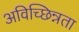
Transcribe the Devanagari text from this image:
अविच्छिन्नता